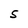
Character: S